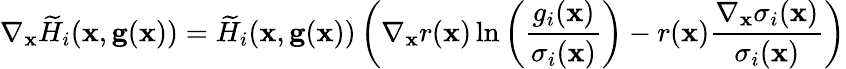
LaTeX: \nabla_{\mathbf x}\widetilde H_{i}(\mathbf x,\mathbf g(\mathbf x))=\widetilde H_{i}(\mathbf x,\mathbf g(\mathbf x))\left(\nabla_{\mathbf x}r(\mathbf x)\ln\left(\frac{g_{i}(\mathbf x)}{\sigma_{i}(\mathbf x)}\right)-r(\mathbf x)\frac{\nabla_{\mathbf x}\sigma_{i}(\mathbf x)}{\sigma_{i}(\mathbf x)}\right)